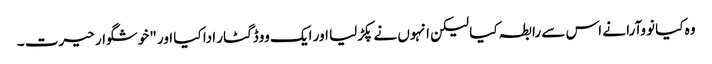
وہ کیا نووآرا نے اس سے رابطہ کیا لیکن انہوں نے پکڑلیا اور ایک ووڈ گٹار ادا کیا اور "خوشگوار حیرت ۔